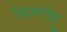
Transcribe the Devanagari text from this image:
बिमलेदु